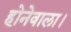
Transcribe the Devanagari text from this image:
होनेवाला।